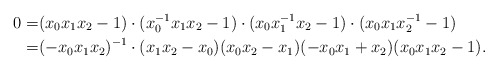
\begin{align*}0=& (x_0 x_1 x_2-1) \cdot (x_0^{-1} x_1 x_2-1) \cdot (x_0 x_1^{-1} x_2-1) \cdot (x_0 x_1 x_2^{-1} -1) \\=& (-x_0 x_1 x_2)^{-1} \cdot (x_1 x_2-x_0) (x_0x_2 -x_1) (-x_0x_1 + x_2) (x_0x_1x_2 - 1).\end{align*}